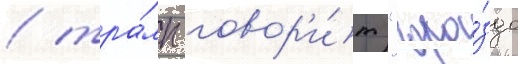
/ тра́мп говор'и́т "гора́здо